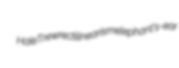
Hale Trew rectilinearism elephant's-ear